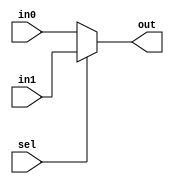
`timescale 1ns / 1ps
//////////////////////////////////////////////////////////////////////////////////
// Company: 
// Engineer: 
// 
// Design Name: 
// Module Name:    MUX 
// Project Name: 
// Target Devices: 
// Tool versions: 
// Description: 
//
// Dependencies: 
//
// Revision: 
// Revision 0.01 - File Created
// Additional Comments: 
//
//////////////////////////////////////////////////////////////////////////////////
 module MUX(out,in0,in1,sel);
input [15:0] in0,in1;
input sel;
output [15:0] out ;
assign out = sel ? in1 : in0 ;


endmodule